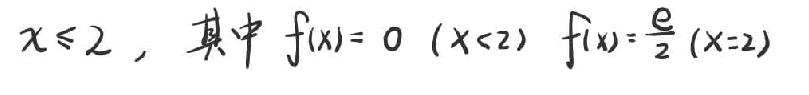
$x\leqslant 2，其中f(x)=0(x<2)f(x)=\frac{e}{2}(x=2)$